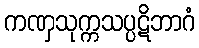
ကဏှသုက္ကသပ္ပဋိဘာဂံ